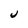
Character: U